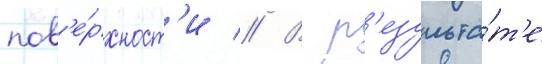
пов'е́рхност'и // В р'езульта́т'е